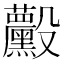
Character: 𱥚